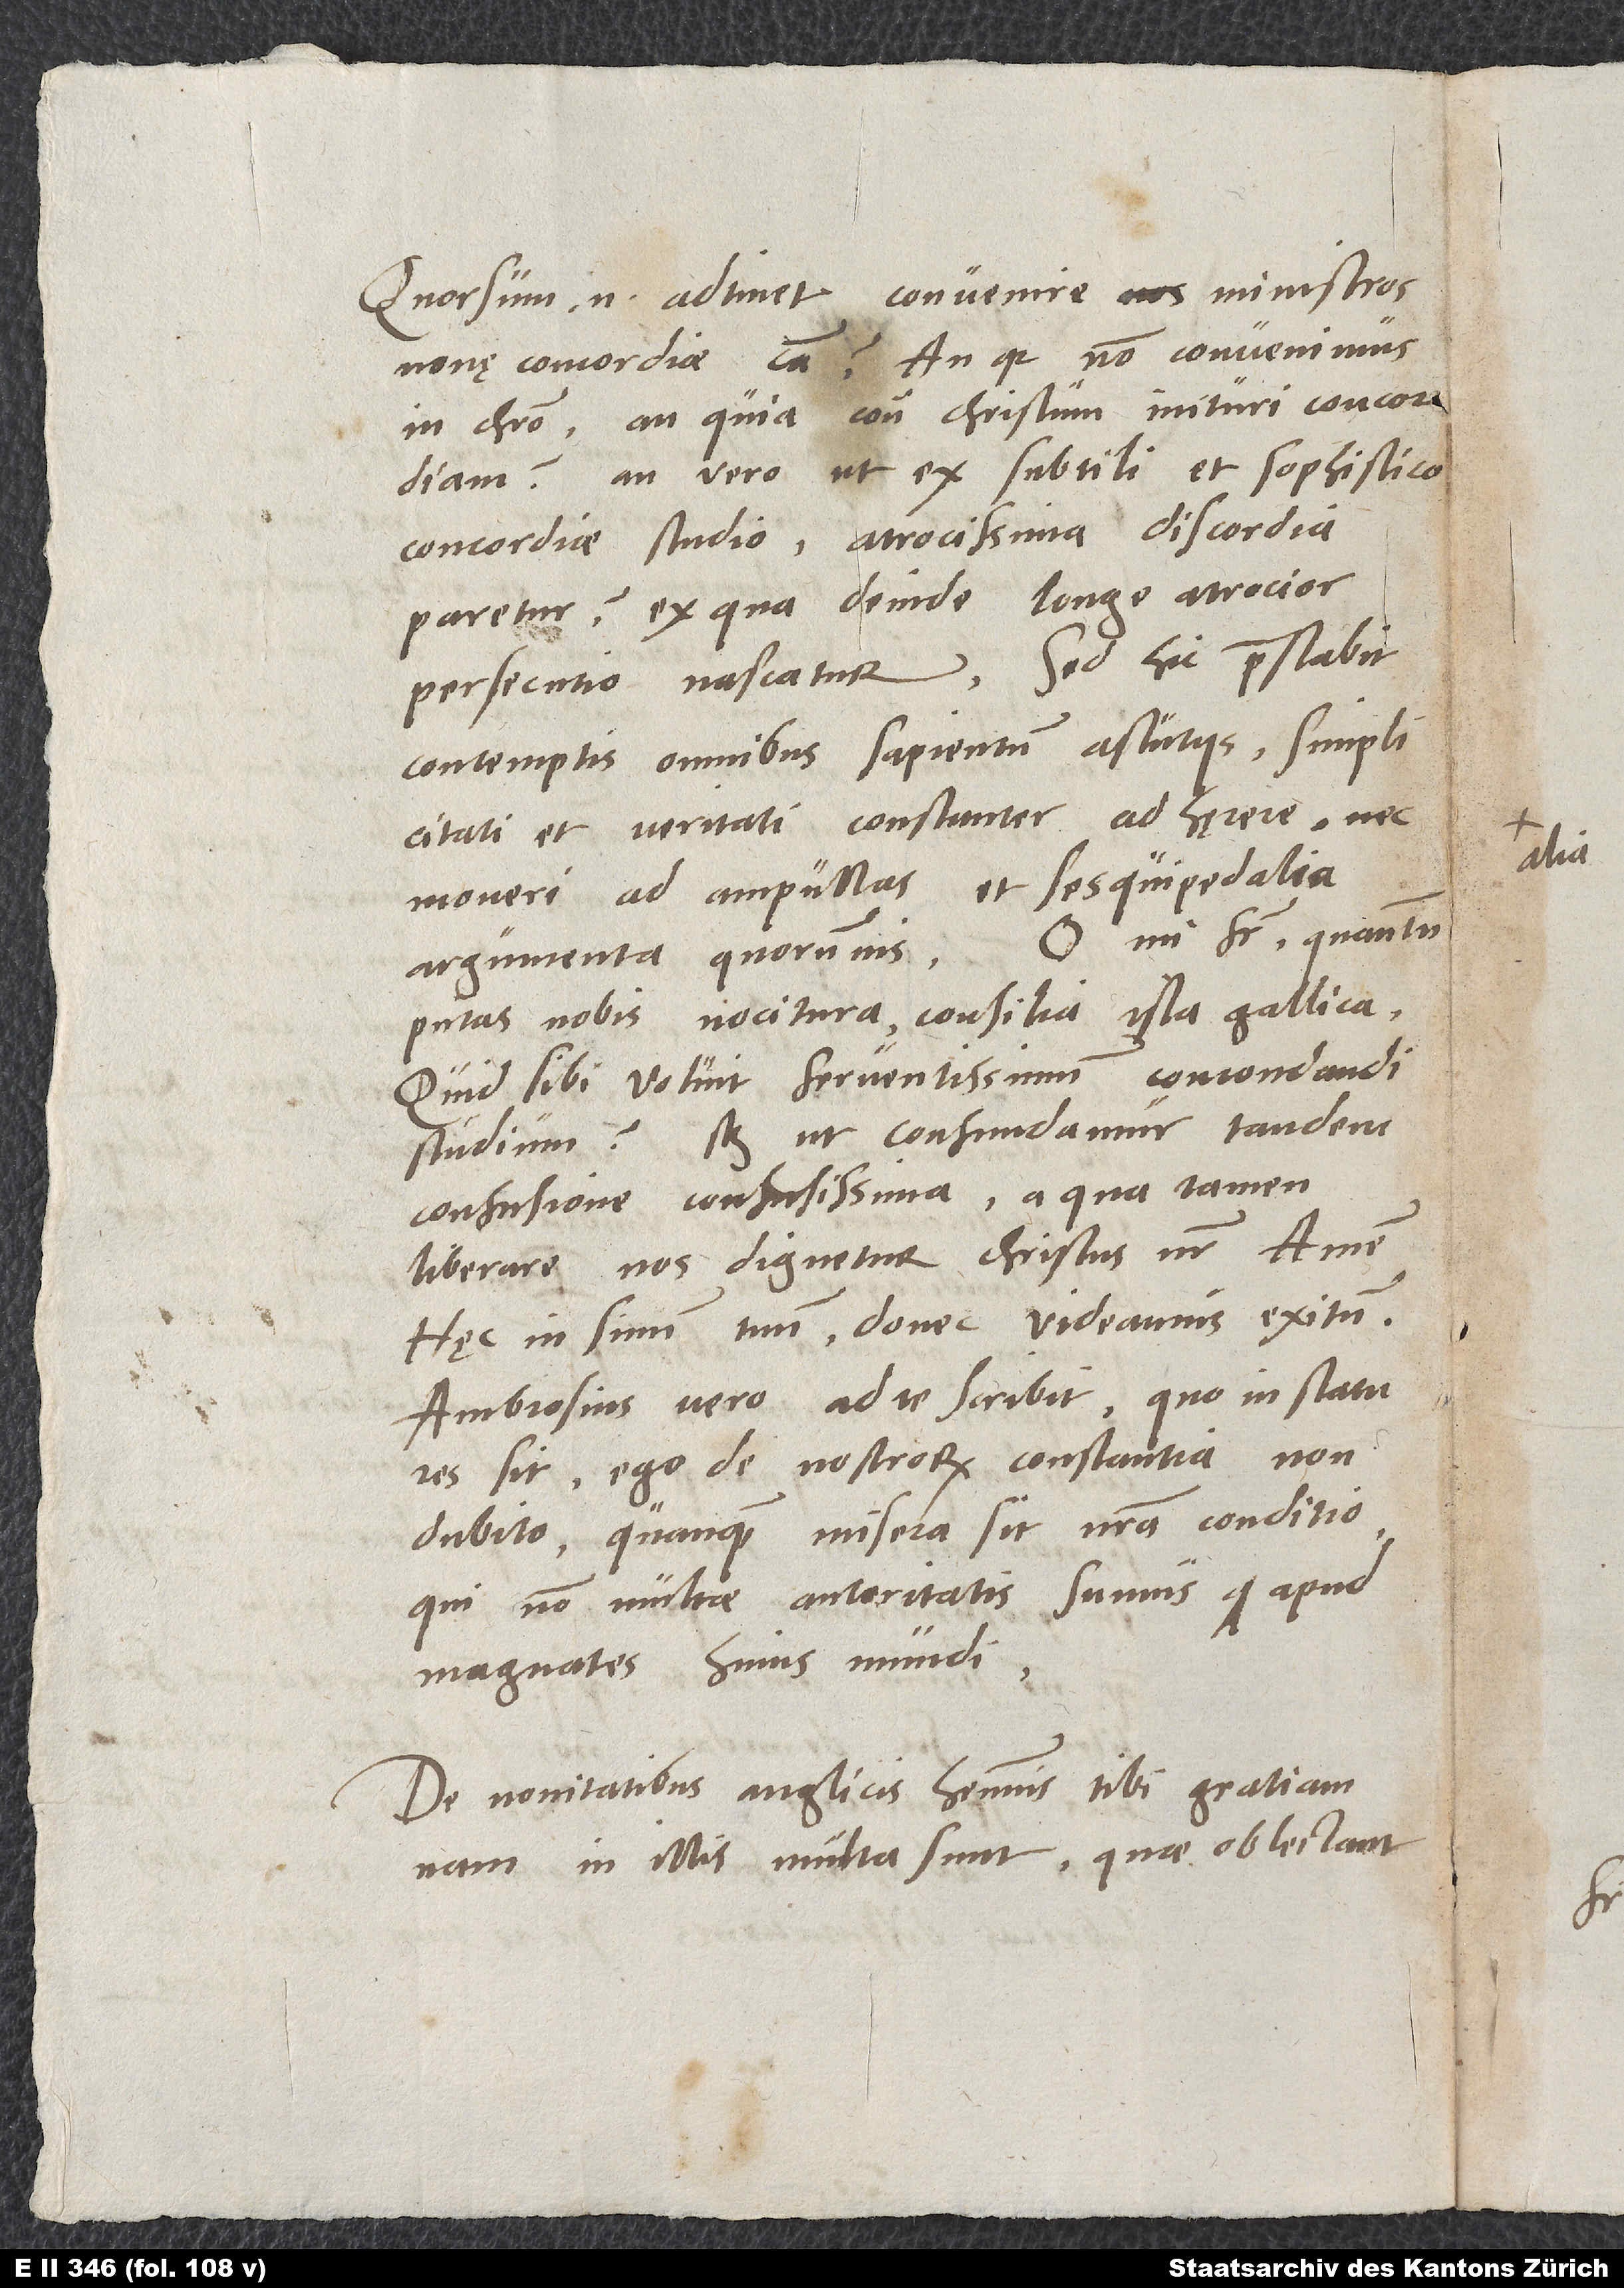
Quorsum enim adtinet convenire nos ministros
novę concordię causa? An quia non convenimus
in Christo, an quia contra Christum inituri concordiam?
An vero, ut ex subtili et sophistico
concordiae studio atrocissima discordia
paretur, ex qua deinde longe atrocior
persecutio nascatur? Sed hic praestabit
contemptis omnibus sapientum astutiis simplicitati
et veritati constanter adhęrere nec
moveri ad ampullas et sesquipedalia
argumenta quorumvis. O mi frater, quantum
putas nobis nocitura consilia ista Gallica!
Quid sibi voluit ferventissimum concordandi
studium? Scilicet ut confundamur tandem
confusione confusissima, a qua tamen
liberare nos dignetur Christus noster. Amen.
Hęc in sinum tuum, donec videamus exitum.
Ambrosius vero ad te scribit, quo in statu
res sit. Ego de nostrorum constantia non
dubito, quanquam misera sit nostra conditio,
qui non multae autoritatis sumus apud
magnates huius mundi.
De novitatibus Anglicis habemus tibi gratiam;
nam in illis multa sunt, quae oblectant.

alia